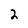
Character: 2